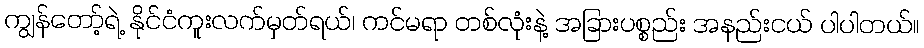
ကျွန်တော့်ရဲ့ နိုင်ငံကူးလက်မှတ်ရယ်၊ ကင်မရာ တစ်လုံးနဲ့ အခြားပစ္စည်း အနည်းငယ် ပါပါတယ်။